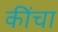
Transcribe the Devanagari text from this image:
कींचा